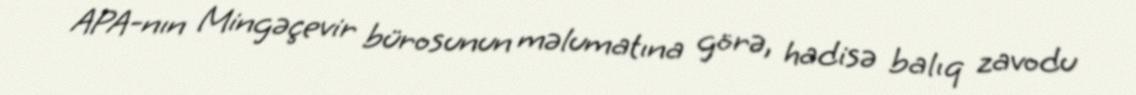
APA-nın Mingəçevir bürosunun məlumatına görə, hadisə balıq zavodu